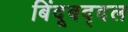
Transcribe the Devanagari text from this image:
बिंदूबद्दल